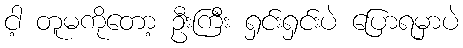
ငါ့ တူမကိုတော့ ဦးကြီး ရှင်းရှင်းပဲ ပြောရမှာပဲ